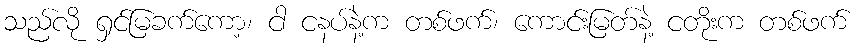
သည်လို ရှင်မြခက်ကော့၊ ငါ ငနပ်နဲ့က တစ်ဖက်၊ ကောင်းမြတ်နဲ့ ငတိုးက တစ်ဖက်